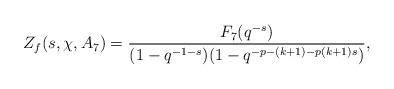
LaTeX: \begin{align*}Z_f(s, \chi, A_7)=\dfrac{F_7(q^{-s})}{(1-q^{-1-s})(1-q^{-p-(k+1)-p(k+1)s})},\end{align*}